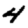
Digit: 4